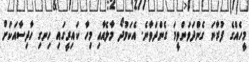
މީހެއްގެ ފުރާނަ ގެންދަވަންވީމަ ގެންދަވާނެ. އެކަމުދޯ މާލެއާއި މިހާ ކައިރީގައި ހިނގި ހާދިސާއަކަށް